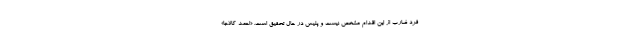
فرد ضارب از این اقدام مشخص نیست و پلیس در حال تحقیق است. «احمد کالاجا»